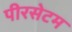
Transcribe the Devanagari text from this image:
पीरसेटम